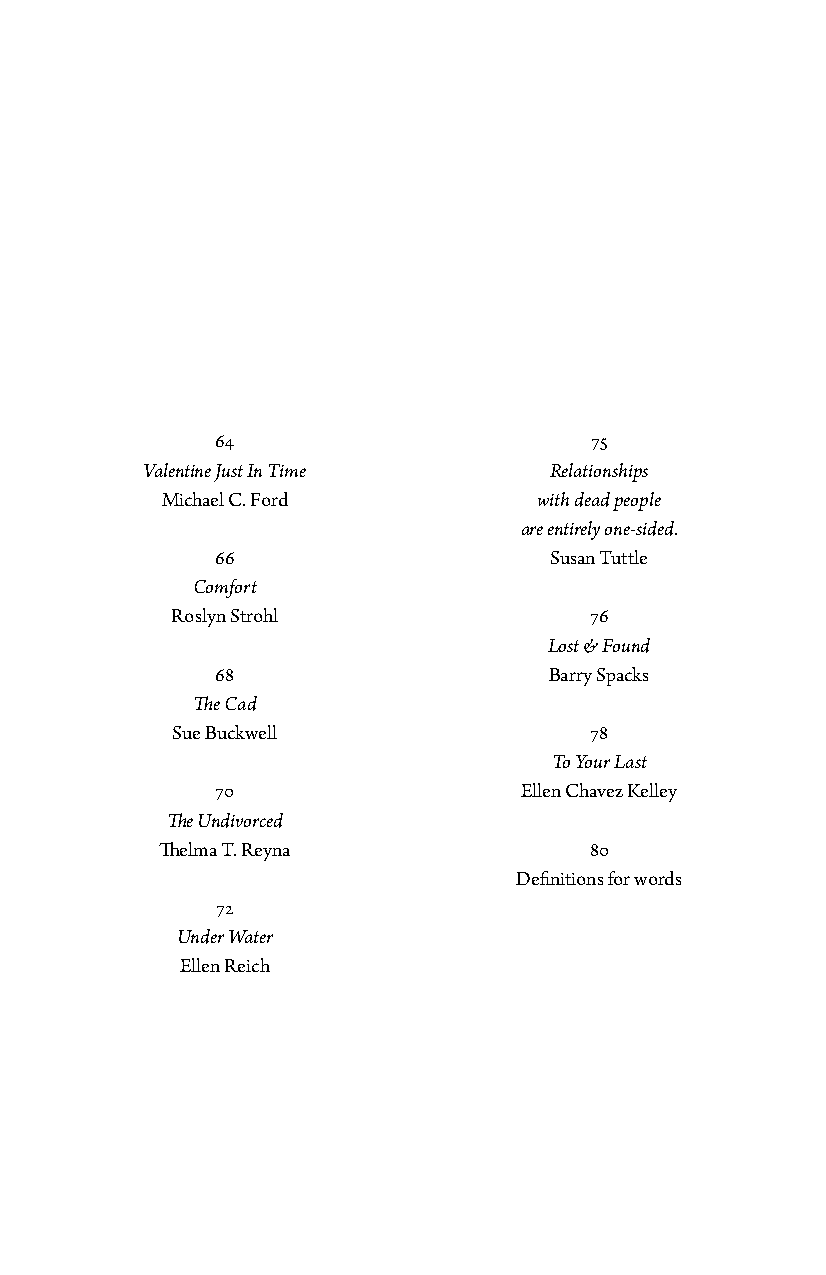
64                       75
 Valentine Just In Time     Relationships
 Michael C. Ford          with dead people
 are entirely one-sided.
 66                    Susan Tuttle
 Comfort
 Roslyn Strohl               76
 Lost & Found
 68                    Barry Spacks
 The Cad
 Sue Buckwell                78
 To Your Last
 70                  Ellen Chavez Kelley
 The Undivorced
 Thelma T. Reyna              80
 Definitions for words
 72
 Under Water
 Ellen Reich